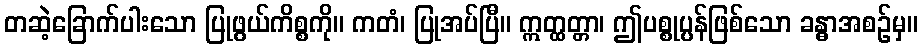
တဆဲ့ခြောက်ပါးသော ပြုဖွယ်ကိစ္စကို။ ကတံ၊ ပြုအပ်ပြီ။ ဣတ္ထတ္တာ၊ ဤပစ္စုပ္ပန်ဖြစ်သော ခန္ဓာအစဉ်မှ။